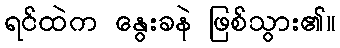
ရင်ထဲက နွေးခနဲ ဖြစ်သွား၏။